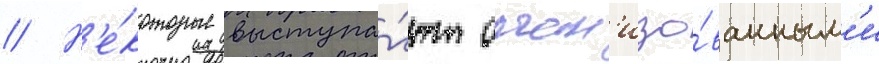
// Н'е́которые выступа́ют орган'изо́ванным'и